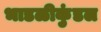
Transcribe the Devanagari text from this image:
भाडळीकुंडल